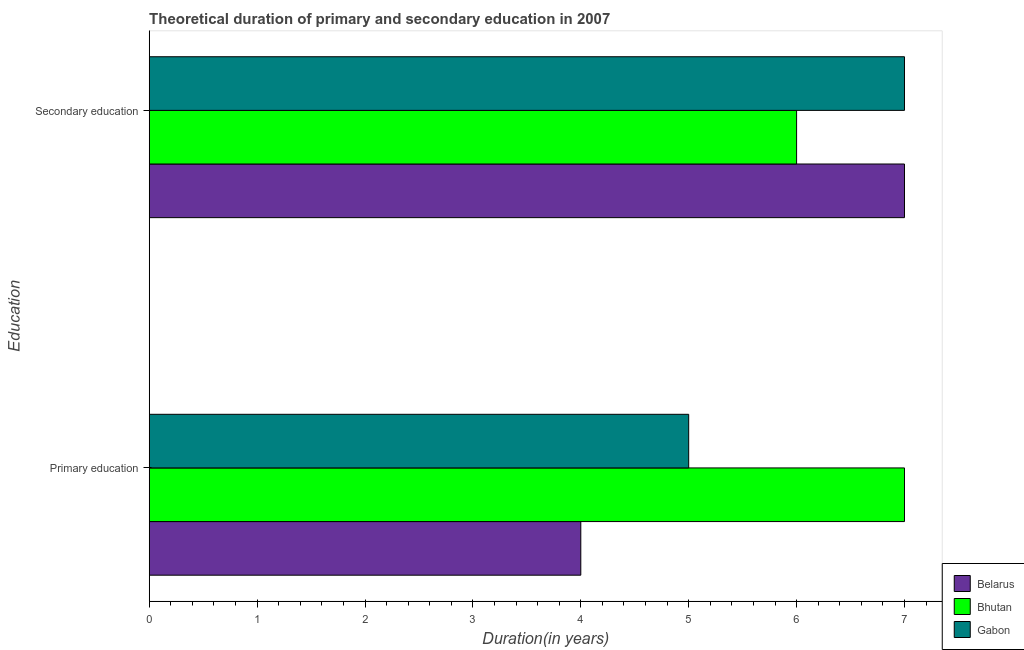
| Education | Belarus | Bhutan | Gabon |
 | --- | --- | --- | --- |
 | Primary education | 4 | 7 | 5 |
 | Secondary education | 7 | 6 | 7 |